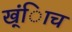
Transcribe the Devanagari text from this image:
ख्ंिाच